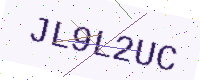
Text: JL9L2UC